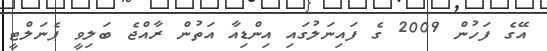
އޭގެ ފަހުން 2009 ގެ ފައިނަލުގައި އިންޑިއާ އަތުން ރާއްޖެ ބަލިވީ ޕެނަލްޓީ